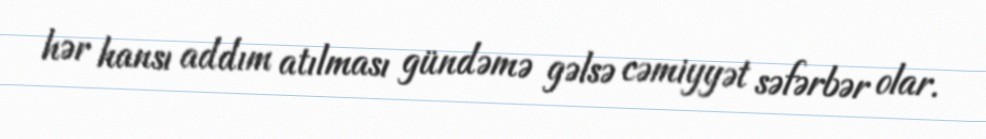
hər hansı addım atılması gündəmə gəlsə cəmiyyət səfərbər olar.